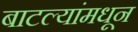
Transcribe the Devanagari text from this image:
बाटल्यांमधून